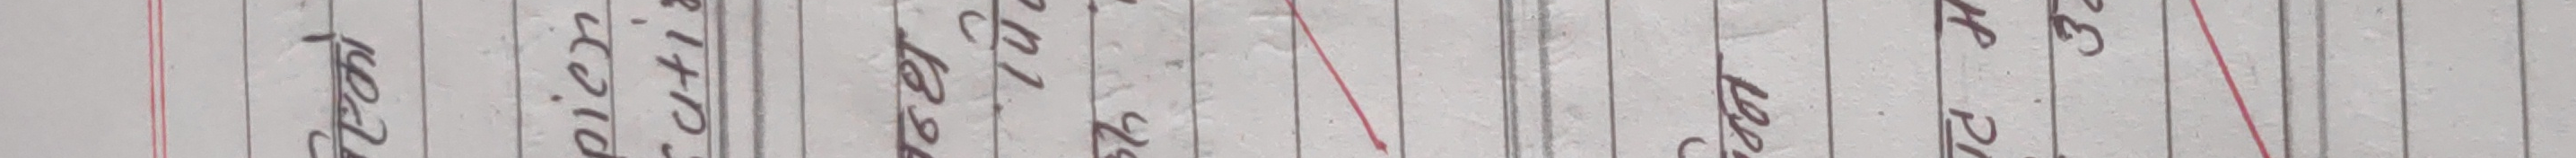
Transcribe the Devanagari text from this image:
पहर चियाली टोली घर हामी थियो धेरै एउटा रुख भन्ने गर्न पर्छ